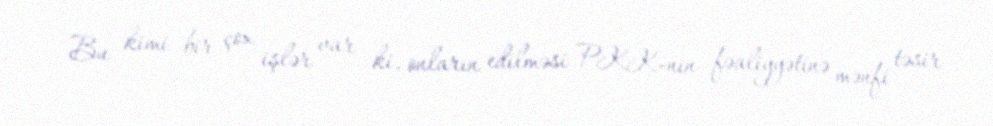
Bu kimi bir çox işlər var ki, onların edilməsi PKK-nın fəaliyyətinə mənfi təsir